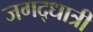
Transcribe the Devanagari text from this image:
जगद्‌धात्री